Vaccination United Provinces of Agra and Oudh 1914-1922 - 1914-1922
Year: 1914
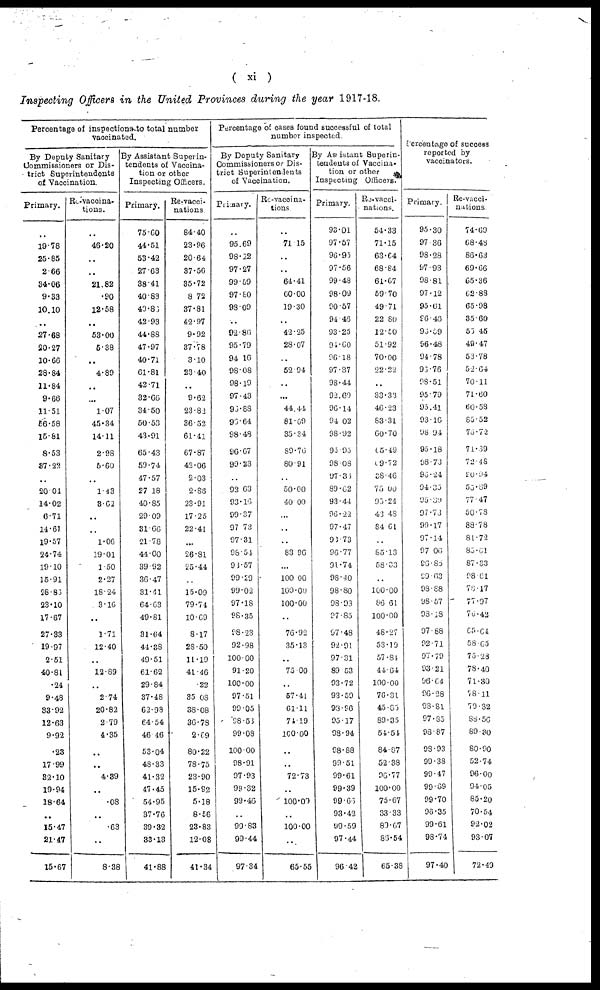
( xi )
Inspecting Officers in the United Provinces during the year 1917-18.
Percentage of inspections to total number
vaccinated.
By Deputy Sanitary
Commissioners or Dis-
trict Superintendents
of Vaccination.
Primary.
..
19.78
25.85
2.66
34.06
9.33
10.10
..
27.68
20.27
10.66
28.84
11.84
9.66
11.51
56.58
15.81
8.53
87 . 22
..
20.04
14.02
6.71
14.61
19.57
24.74
19.10
15.91
28.86
23.10
17.67
27.33
19.97
2.51
40.81
.24
9.48
33.92
12.63
9.92
.23
17.99
32.10
19.94
18.64
..
15.47
21.47
15.67
Re-vaccina-
tions.
..
46.20
..
..
21.82
.90
12.58
..
53.00
5.38
..
4.89
..
..
1.07
45.34
14.11
2.98
5.60
..
1.43
3.62
..
..
1.06
19.01
1.50
2.27
18.24
3.16
..
1.71
12.40
..
12.89
..
2.74
20.82
2.79
4.35
..
..
4.89
..
.08
..
.63
..
8.38
By Assistant Superin-
tendents of Vaccina-
tion or other
Inspecting Officers.
Primary.
75.60
44.51
53.42
27.63
38.41
40.83
49.86
42.93
44.88
47.97
40.71
61.81
42.71
32.66
34.50
50.53
43.91
65.43
59.74
47.57
27.18
40.85
29.09
31.66
21.78
44.00
39.92
36.47
31.41
64.63
49.81
31.64
44.38
49.51
61.62
29.84
37.48
62.98
64.54
46.46
53.04
48.33
41.32
47.45
54.95
37.76
39.32
33.13
41.88
Re-vacci-
nations.
84.40
23.96
20.64
37.56
35.72
8.72
37.81
42.97
9.92
37.78
3.10
23.40
..
9.62
23.82
3652
61.41
67.87
42.06
2.03
2.86
23.91
17.25
22.41
..
26.81
25.44
..
15.09
79.74
10.69
8.17
28.50
11.19
41.46
.22
35.08
38.08
36.78
2.69
80.22
78.75
23.90
15.92
5.18
8.56
23.83
12.08
41.34
Percentage of cases found successful of total
number inspected.
By Deputy Sanitary
Commissioners or Dis-
trict Superintendents
of Vaccination.
Primary.
..
95.69
98.22
97.27
99.59
97.80
98.09
..
92.86
95.79
94.16
98.08
98.19
97.43
96.88
96.64
98.48
96.67
99.23
..
92.63
93.16
99.37
97.73
97.31
96.54
93.57
99.29
99.02
97.18
98.35
98.23
92.98
100.00
91.20
100.00
97.51
99.05
98.53
99.08
100.00
98.91
97.93
99.32
99.46
..
99.83
99.44
97.34
Re-vaccina¬
tions
..
71.15
..
..
64.41
60.00
19.30
..
42.25
28.07
..
52.94
..
...
44.44
81.69
35.34
89.76
80.91
..
50.00
40.00
...
..
..
83.96
...
100.00
100.00
100.00
..
76.92
35.13
..
75.00
..
57.41
61.11
74.19
100.00
..
..
72.73
..
100.00
..
100.00
..
65.55
By Assistant Superin-
tendents of Vaccina-
tion or other
Inspecting Officers.
Primary.
93.01
97.57
96.95
97.56
99.48
98.09
90.57
94.46
93.25
94.60
96.18
97.37
98.44
92.69
96.14
94.02
98.92
95.95
98.08
97 . 35
89.62
93.44
96.22
97.47
93.73
96.77
91.74
98.40
98.80
98.93
97.85
97.48
92.91
97.31
89.53
93.72
93.59
93.96
95.17
98.94
98.88
99.51
99.61
99.39
99.66
93.42
99.59
97.44
96.42
Re-vacci¬
nations.
54.33
71.15
63.64
68.84
61.67
59.70
49.71
22.80
12.50
51.92
70.00
22.22
..
33.33
46.23
83.31
60.70
05.49
09.72
38.46
75.00
95.24
43.48
84.61
..
85.13
58.33
..
100.00
86.61
100.00
48.27
53.19
57 .84
44.64
100.00
70.31
45.85
89.35
54.54
84.87
52.38
96.77
100.00
75.67
33.33
89.67
86.54
65.38
Percentage of success
reported by
vaccinators.
Primary.
95 .30
97.36
98.28
97.93
98.81
97.12
95.61
96.46
96.59
96.48
94.78
96.76
98.51
95.79
95.41
93.16
98.94
95.18
98.73
96.24
94.35
95.39
97.73
99 . 17
97.14
97.06
96.65
99.63
98.88
98.57
98.18
97.88
92.71
97.79
93.21
96.64
96.28
98.81
97.85
98.87
98.93
99.38
99.47
99.69
99.70
96.35
99.61
98.74
97.40
Re-vacci-
nations.
74.69
68.48
86.63
69.66
65.36
62.88
65.98
35.60
55.45
49.47
53.78
52.64
70.11
71.60
60.58
85.52
75.72
71.39
72.48
90.94
53.89
77.47
50.78
88.78
81.72
85.61
87.33
98.61
78.17
77.97
76.42
65.64
58.65
75.28
78.40
71.30
78.11
79.32
88.56
89.30
80.90
52.74
96.00
94.05
85.20
70.54
92.02
93.07
72.49